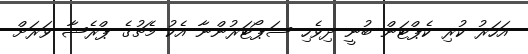
އަހަރު ކުރި ކެޕްޓަން ބުނީ ދިވެހި ސަޕޯޓަރުންނާ އެކު މެޗުގެ ޕްރެޝާ ވަރަށް